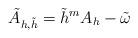
LaTeX: \begin{align*} \tilde A_{h,\tilde h} = \tilde h^m A_h-\tilde\omega\end{align*}